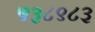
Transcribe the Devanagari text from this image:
५३८९८३